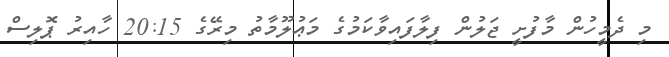
މި ދެމީހުން މާފުށީ ޖަލުން ފިލާފައިވާކަމުގެ މަޢުލޫމާތު މިރޭގެ 20:15 ހާއިރު ޕޮލިސް